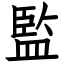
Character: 監